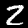
Label: 2